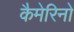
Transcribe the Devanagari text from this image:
कैमेरिनो